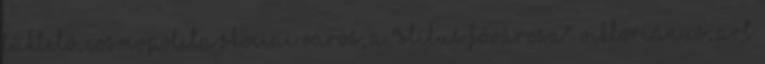
lüktető, cosmopolita skóciai város, a "stílus fővárosa". Viktoriánus, art